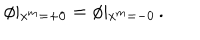
\phi \vert _ { x ^ { m } = + 0 } = \phi \vert _ { x ^ { m } = - 0 } \, .